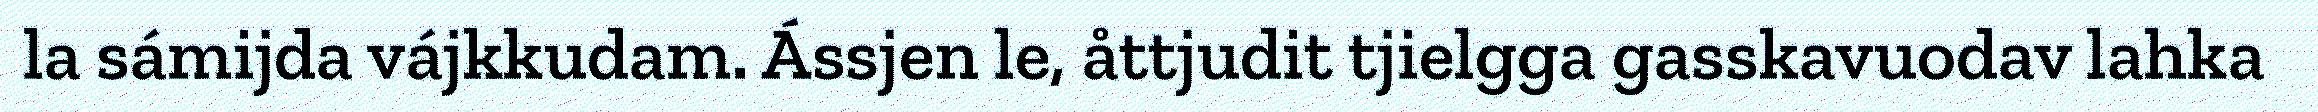
la sámijda vájkkudam. Ássjen le, åttjudit tjielgga gasskavuodav lahka